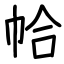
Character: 帢